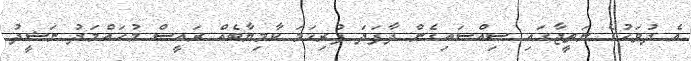
އެ ދުވަހުގެ ނަތީޖާގައި ސިއްސައިގެން ދާފަދަ ފުރިހަމަ ކާމިޔާބެއް ރައީސް މުހައްމަދު ނަޝީދު